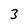
Character: 3